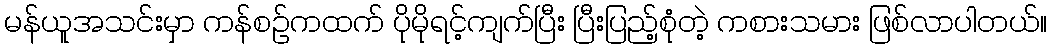
မန်ယူအသင်းမှာ ကန်စဉ်ကထက် ပိုမိုရင့်ကျက်ပြီး ပြီးပြည့်စုံတဲ့ ကစားသမား ဖြစ်လာပါတယ်။